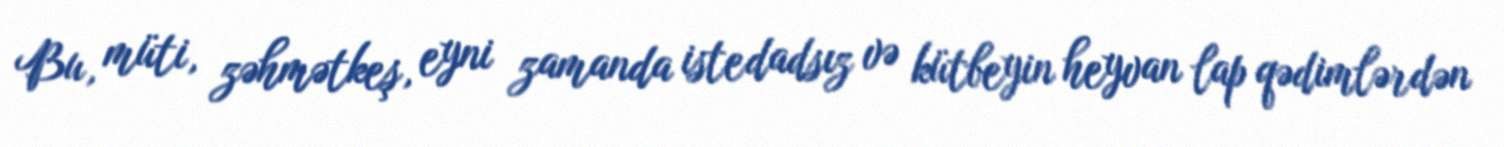
Bu, müti, zəhmətkeş, eyni zamanda istedadsız və kütbeyin heyvan lap qədimlərdən